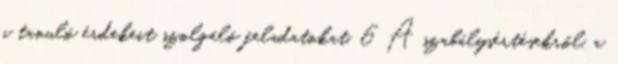
a tanuló érdekeit szolgáló feladatokat. 6 A szabálysértésekről, a